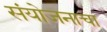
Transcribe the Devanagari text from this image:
संयोजनाचा